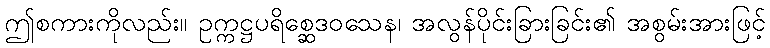
ဤစကားကိုလည်း။ ဥက္ကဋ္ဌပရိစ္ဆေဒဝသေန၊ အလွန်ပိုင်းခြားခြင်း၏ အစွမ်းအားဖြင့်